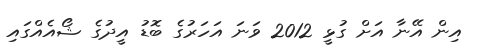
އިން އޭނާ އަށް ގުޅީ 2012 ވަނަ އަހަރުގެ ބޮޑު އީދުގެ ޝޯއެއްގައި